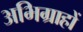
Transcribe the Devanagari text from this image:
अभिग्राहों